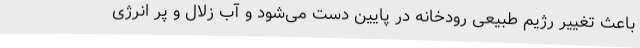
باعث تغییر رژیم طبیعی رودخانه در پایین دست می‌شود و آب زلال و پر انرژی